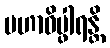
မဟာဝိပ္ဖါရန္တိ